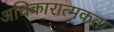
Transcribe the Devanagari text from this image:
अधिकारात्मकता